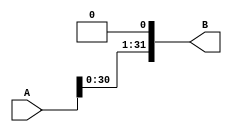
`timescale 1ns / 1ps
//------------------------------------------------------------------------------------
//------------------------------------------------------------------------------------
//------------------------------------------------------------------------------------
// Module Name: NbitShift
// Project Name: Milestone #2
//          Donia Ghazy     900172124
//          Yousef Elwazir  900161060
// Description: Does an N bit shift to the input
// Change History:
//                  Last Modified 19/04/2020
//------------------------------------------------------------------------------------
//------------------------------------------------------------------------------------
//------------------------------------------------------------------------------------



module NbitShift #(parameter N=32 ) ( input [N-1:0] A, output [N-1:0] B);

assign B = {A[N-2:0] , 1'b0};

endmodule